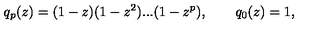
q _ { p } ( z ) = ( 1 - z ) ( 1 - z ^ { 2 } ) . . . ( 1 - z ^ { p } ) , \qquad q _ { 0 } ( z ) = 1 ,